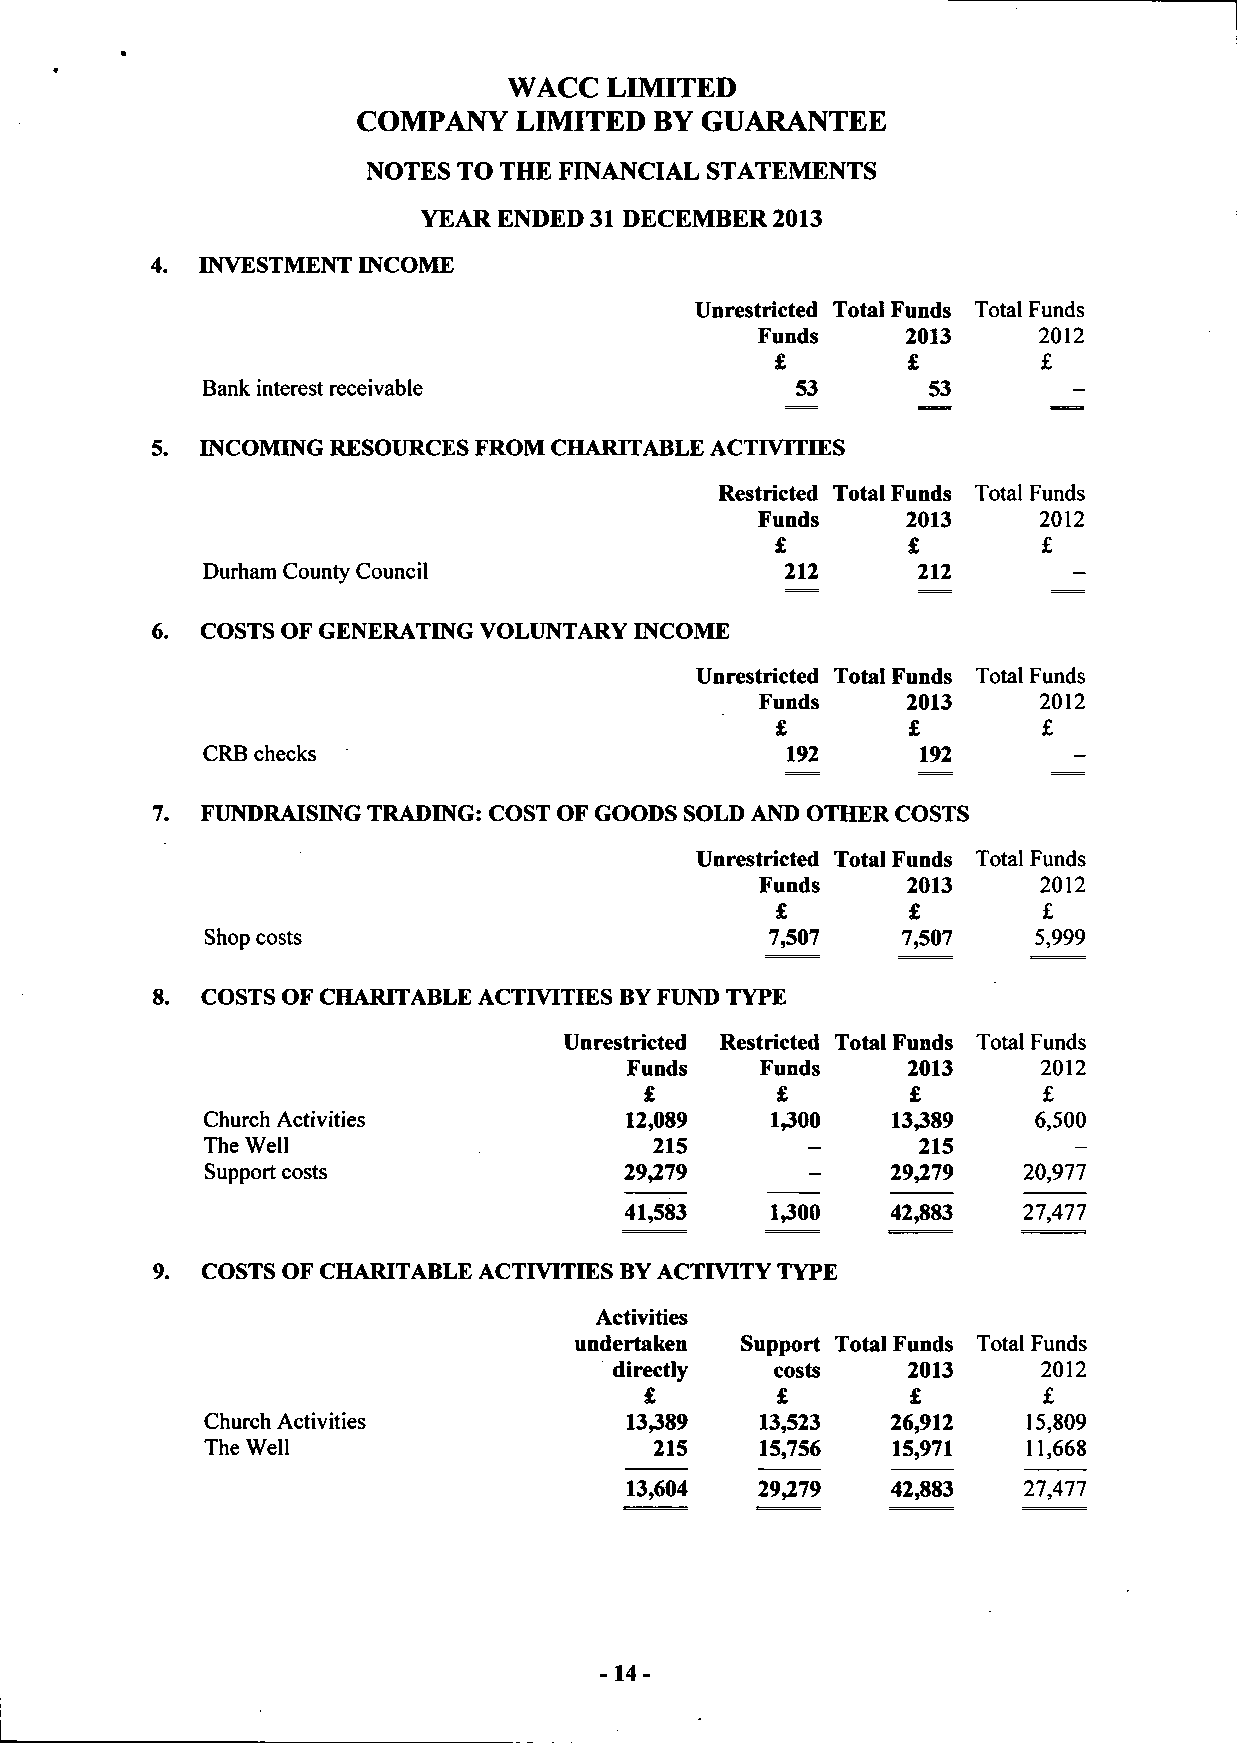
WACC  LIMITED
 COMPANY   LIMITED  BY GUARANTEE
 NOTES TO THE FINANCIAL STATEMENTS
 YEAR ENDED 31 DECEMBER 2013
 INVESTMENT INCOME
 Unrestricted Total Funds Total Funds
 Funds     2013     2012
 £        £        £
 Bank interest receivable                53      53
 INCOMING RESOURCES FROM CHARITABLE ACTIVITIES
 Restricted Total Funds Total Funds
 Funds     2013     2012
 £        £        £
 Durham County Council                  212      212
 COSTS OF GENERATING VOLUNTARY INCOME
 Unrestricted Total Funds Total Funds
 Funds     2013     2012
 £        £        £
 CRB checks                             192      192
 FUNDRAISING TRADING: COST OF GOODS SOLD AND OTHER COSTS
 Unrestricted Total Funds Total Funds
 Funds     2013     2012
 £        £        £
 Shop costs                           7,507    7,507    5,999
 8. COSTS OF CHARITABLE ACTIVITIES BY FUND TYPE
 Unrestricted Restricted Total Funds Total Funds
 Funds    Funds     2013     2012
 £       £        £        £
 Church Activities           12,089    1,300   13^89    6,500
 The Well                      215               215
 Support costs              29,279            29,279   20,977
 41,583    1,300   42,883   27,477
 COSTS OF CHARITABLE ACTIVITIES BY ACTIVITY TYPE
 Activities
 undertaken Support Total Funds Total Funds
 directly  costs    2013     2012
 £       £        £        £
 Church Activities          13389    13,523   26,912   15,809
 The Well                     215    15,756   15,971   11,668
 13,604   29,279   42,883   27,477
 -14-